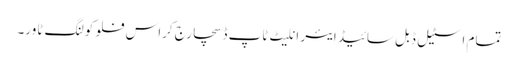
تمام اسٹیل ڈبل سائیڈ ایئر انلیٹ ٹاپ ڈسچارج کراس فلو کولنگ ٹاور۔